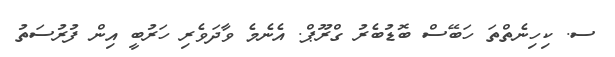
ސ. ކިހިނެތްތަ ހަބޭސް ބޮޑުބެރު ގްރޫޕް. އެނެމެ ވާދަވެރި ހަރުބީ އިން ފުރުސަތު